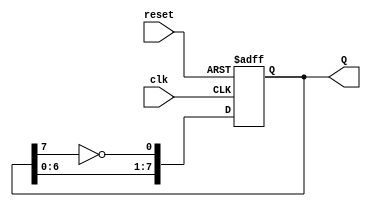
module johnson_counter (
    input wire clk,          // Clock input
    input wire reset,        // Asynchronous reset input
    output reg [7:0] Q       // 8-bit output representing the counter state
);

// Always block triggered on the rising edge of the clock or on reset
always @(posedge clk or posedge reset) begin
    if (reset) begin
        Q <= 8'b00000000;   // Initialize the counter to zero on reset
    end else begin
        // Johnson counter logic
        Q <= {Q[6:0], ~Q[7]}; // Shift left and feed back inverted Q7 to Q0
    end
end

endmodule